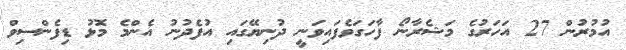
އުމުރުން 27 އަހަރުގެ މަޝެރާނޯ ފާހަގަވެފައިވަނީ ދުނިޔޭގައި އުފެދުނު އެންމެ މޮޅު ޑިފެންސިވް